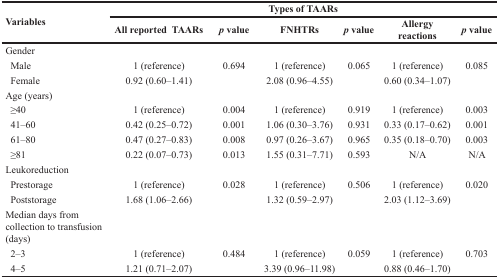
<table><thead><tr><td rowspan="2"><b>Variables</b></td><td colspan="6"><b>Types of TAARs</b></td></tr><tr><td><b>All reported TAARs</b></td><td><b><i>p</i> value</b></td><td><b>FNHTRs</b></td><td><b><i>p</i> value</b></td><td><b>Allergy reactions</b></td><td><b><i>p</i> value</b></td></tr></thead><tbody><tr><td>Gender</td><td></td><td></td><td></td><td></td><td></td><td></td></tr><tr><td> Male</td><td>1 (reference)</td><td>0.694</td><td>1 (reference)</td><td>0.065</td><td>1 (reference)</td><td>0.085</td></tr><tr><td> Female</td><td>0.92 (0.60–1.41)</td><td></td><td>2.08 (0.96–4.55)</td><td></td><td>0.60 (0.34–1.07)</td><td></td></tr><tr><td>Age (years)</td><td></td><td></td><td></td><td></td><td></td><td></td></tr><tr><td> ≥40</td><td>1 (reference)</td><td>0.004</td><td>1 (reference)</td><td>0.919</td><td>1 (reference)</td><td>0.003</td></tr><tr><td> 41–60</td><td>0.42 (0.25–0.72)</td><td>0.001</td><td>1.06 (0.30–3.76)</td><td>0.931</td><td>0.33 (0.17–0.62)</td><td>0.001</td></tr><tr><td> 61–80</td><td>0.47 (0.27–0.83)</td><td>0.008</td><td>0.97 (0.26–3.67)</td><td>0.965</td><td>0.35 (0.18–0.70)</td><td>0.003</td></tr><tr><td> ≥81</td><td>0.22 (0.07–0.73)</td><td>0.013</td><td>1.55 (0.31–7.71)</td><td>0.593</td><td>N/A</td><td>N/A</td></tr><tr><td>Leukoreduction</td><td></td><td></td><td></td><td></td><td></td><td></td></tr><tr><td> Prestorage</td><td>1 (reference)</td><td>0.028</td><td>1 (reference)</td><td>0.506</td><td>1 (reference)</td><td>0.020</td></tr><tr><td> Poststorage</td><td>1.68 (1.06–2.66)</td><td></td><td>1.32 (0.59–2.97)</td><td></td><td>2.03 (1.12–3.69)</td><td></td></tr><tr><td>Median days from collection to transfusion (days)</td><td></td><td></td><td></td><td></td><td></td><td></td></tr><tr><td> 2–3</td><td>1 (reference)</td><td>0.484</td><td>1 (reference)</td><td>0.059</td><td>1 (reference)</td><td>0.703</td></tr><tr><td> 4–5</td><td>1.21 (0.71–2.07)</td><td></td><td>3.39 (0.96–11.98)</td><td></td><td>0.88 (0.46–1.70)</td><td></td></tr></tbody></table>